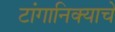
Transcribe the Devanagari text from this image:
टांगानिक्याचे